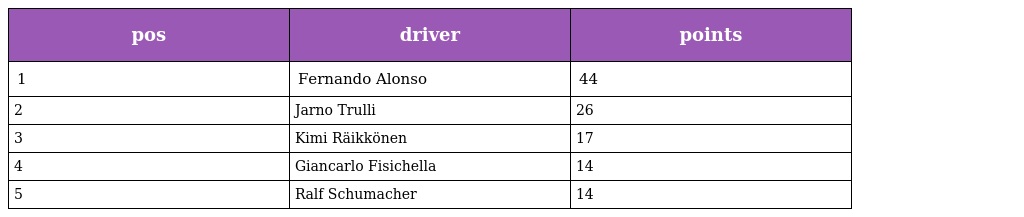
| pos | driver | points |
 | --- | --- | --- |
 | 1 | Fernando Alonso | 44 |
 | 2 | Jarno Trulli | 26 |
 | 3 | Kimi Räikkönen | 17 |
 | 4 | Giancarlo Fisichella | 14 |
 | 5 | Ralf Schumacher | 14 |